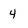
Character: 4